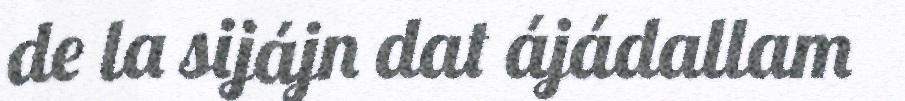
de la sijájn dat ájádallam